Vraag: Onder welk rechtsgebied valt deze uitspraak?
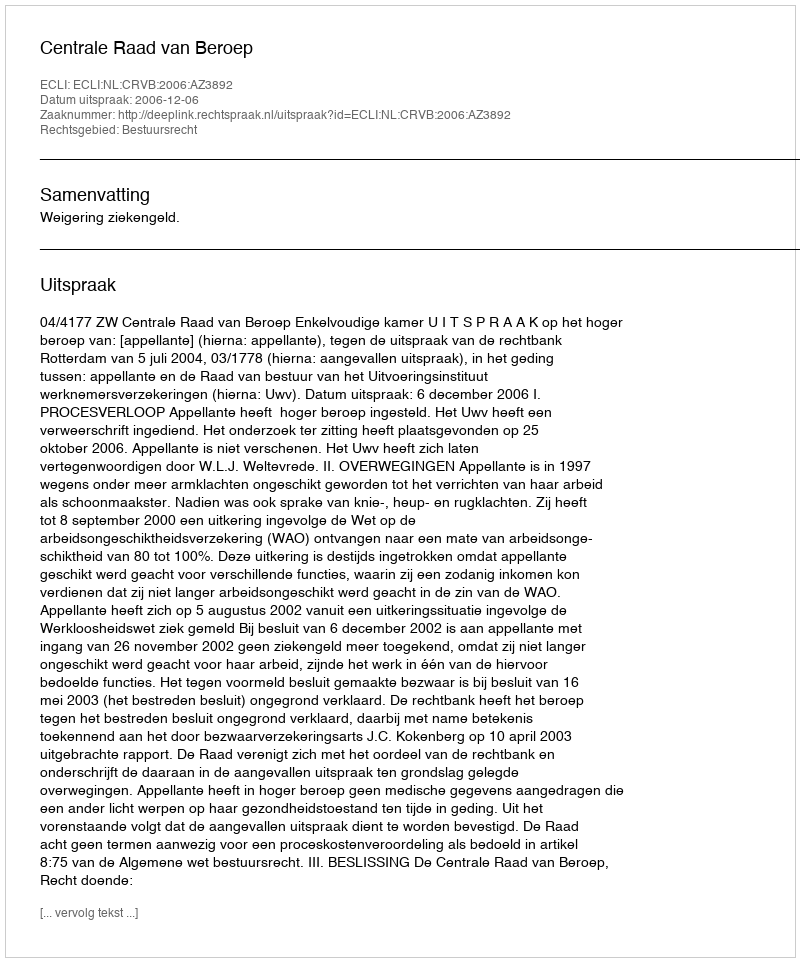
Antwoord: Bestuursrecht